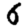
Digit: 6